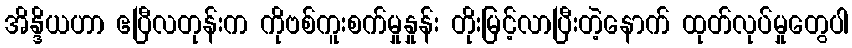
အိန္ဒိယဟာ ဧပြီလတုန်းက ကိုဗစ်ကူးစက်မှုနှုန်း တိုးမြင့်လာပြီးတဲ့နောက် ထုတ်လုပ်မှုတွေပါ